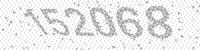
Solution: 152068